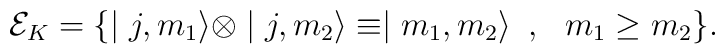
{\cal E}_K=\{\mid j,m_1\rangle\otimes\mid j,m_2\rangle\equiv\mid m_1,m_2\rangle\,\,\, ,\,\,\,\, m_1\geq m_2\}.